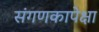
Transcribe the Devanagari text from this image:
संगणकापेक्षा